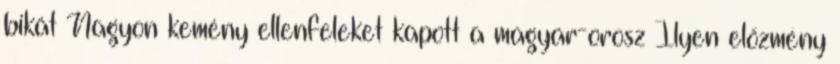
bikát Nagyon kemény ellenfeleket kapott a magyar-orosz Ilyen előzmény